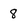
Character: 8